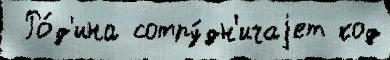
 Ро́д'ина сотру́дн'ичаjет код